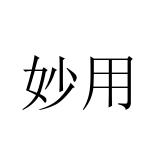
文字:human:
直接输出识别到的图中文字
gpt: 妙用